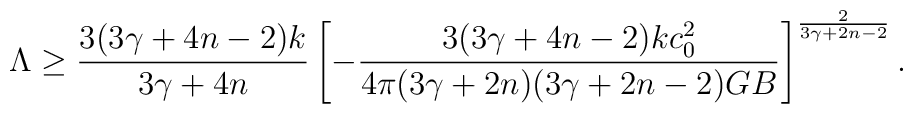
\Lambda\geq {{3(3\gamma+4n-2)k}\over{3\gamma+4n}}\left[-{{3(3\gamma+4n-2)kc^2_0}\over{4\pi(3\gamma+2n)(3\gamma+2n-2)GB}}\right]^{2\over{3\gamma+2n-2}}.